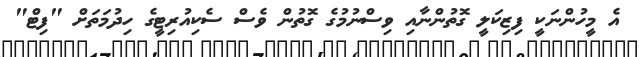
އެ މީހުންނަކީ ފިޒިކަލީ ގޮތުންނާއި ވިސްނުމުގެ ގޮތުން ވެސް ސެކިއުރިޓީގެ ހިދުމަތަށް "ފިޓް"